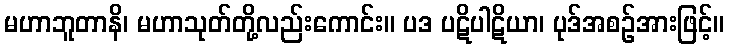
မဟာဘူတာနိ၊ မဟာသုတ်တို့လည်းကောင်း။ ပဒ ပဋိပါဋိယာ၊ ပုဒ်အစဉ်အားဖြင့်။